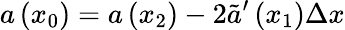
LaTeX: a\left(x_{0}\right)=a\left(x_{2}\right)-2\tilde{a}^{\prime}\left(x_{1}\right)\Delta x